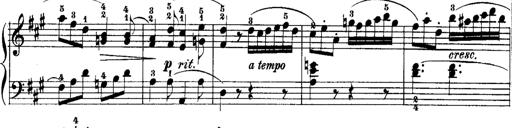
Title: Rondos and Sonatinas for Pianoforte
Composer: Daniel Steibelt